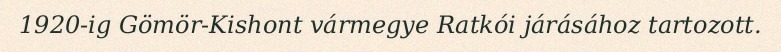
1920-ig Gömör-Kishont vármegye Ratkói járásához tartozott.